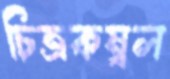
চিত্রকম্বল